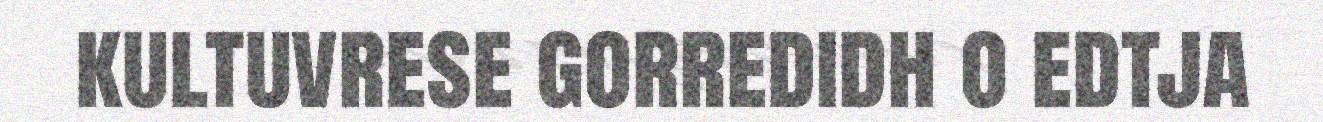
kultuvrese gorredidh o edtja